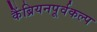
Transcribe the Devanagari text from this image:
कैंब्रियनपूर्वकल्प